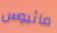
ماثيوس